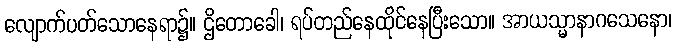
လျောက်ပတ်သောနေရာ၌။ ဌိတောခေါ၊ ရပ်တည်နေထိုင်နေပြီးသော။ အာယသ္မာနာဂသေနော၊